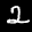
Label: 2